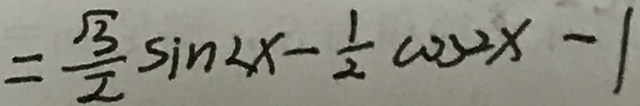
= \frac { \sqrt { 3 } } { 2 } \sin 2 x - \frac { 1 } { 2 } \cos 2 x - 1